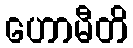
ဟောမီတိ